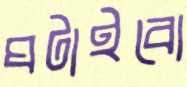
ঘটাইবো